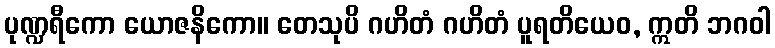
ပုဏ္ဍရီကော ယောဇနိကော။ တေသုပိ ဂဟိတံ ဂဟိတံ ပူရတိယေဝ, ဣတိ ဘဂဝါ